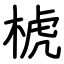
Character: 椃